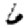
Digit: 6